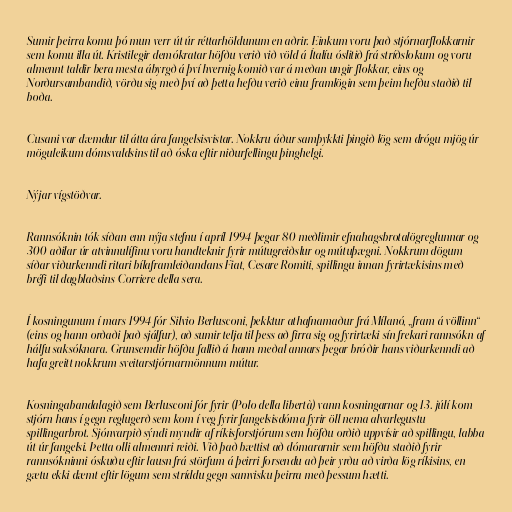
Sumir þeirra komu þó mun verr út úr réttarhöldunum en aðrir. Einkum voru það stjórnarflokkarnir
sem komu illa út. Kristilegir demókratar höfðu verið við völd á Ítalíu óslitið frá stríðslokum og voru
almennt taldir bera mesta ábyrgð á því hvernig komið var á meðan ungir flokkar, eins og
Norðursambandið, vörðu sig með því að þetta hefðu verið einu framlögin sem þeim hefðu staðið til
boða.

Cusani var dæmdur til átta ára fangelsisvistar. Nokkru áður samþykkti þingið lög sem drógu mjög úr
möguleikum dómsvaldsins til að óska eftir niðurfellingu þinghelgi.

Nýjar vígstöðvar.

Rannsóknin tók síðan enn nýja stefnu í apríl 1994 þegar 80 meðlimir efnahagsbrotalögreglunnar og
300 aðilar úr atvinnulífinu voru handteknir fyrir mútugreiðslur og mútuþægni. Nokkrum dögum
síðar viðurkenndi ritari bílaframleiðandans Fiat, Cesare Romiti, spillingu innan fyrirtækisins með
bréfi til dagblaðsins Corriere della sera.

Í kosningunum í mars 1994 fór Silvio Berlusconi, þekktur athafnamaður frá Mílanó, „fram á völlinn“
(eins og hann orðaði það sjálfur), að sumir telja til þess að firra sig og fyrirtæki sín frekari rannsókn af
hálfu saksóknara. Grunsemdir höfðu fallið á hann meðal annars þegar bróðir hans viðurkenndi að
hafa greitt nokkrum sveitarstjórnarmönnum mútur.

Kosningabandalagið sem Berlusconi fór fyrir (Polo della libertà) vann kosningarnar og 13. júlí kom
stjórn hans í gegn reglugerð sem kom í veg fyrir fangelsisdóma fyrir öll nema alvarlegustu
spillingarbrot. Sjónvarpið sýndi myndir af ríkisforstjórum sem höfðu orðið uppvísir að spillingu, labba
út úr fangelsi. Þetta olli almennri reiði. Við það bættist að dómararnir sem höfðu staðið fyrir
rannsókninni óskuðu eftir lausn frá störfum á þeirri forsendu að þeir yrðu að virða lög ríkisins, en
gætu ekki dæmt eftir lögum sem stríddu gegn samvisku þeirra með þessum hætti.